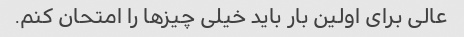
عالی برای اولین بار باید خیلی چیزها را امتحان کنم.